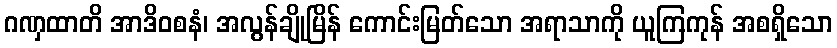
ဂဏှထာတိ အာဒိဝစနံ၊ အလွန်ချိုမြိန် ကောင်းမြတ်သော အရာသာကို ယူကြကုန် အစရှိသော